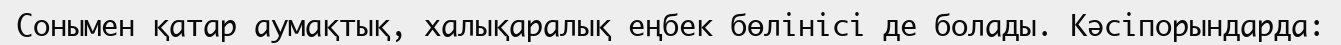
Сонымен қатар аумақтық, халықаралық еңбек бөлінісі де болады. Кәсіпорындарда: